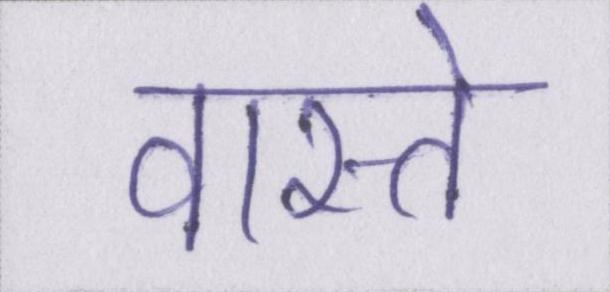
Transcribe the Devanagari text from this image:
वास्ते